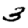
Digit: 3